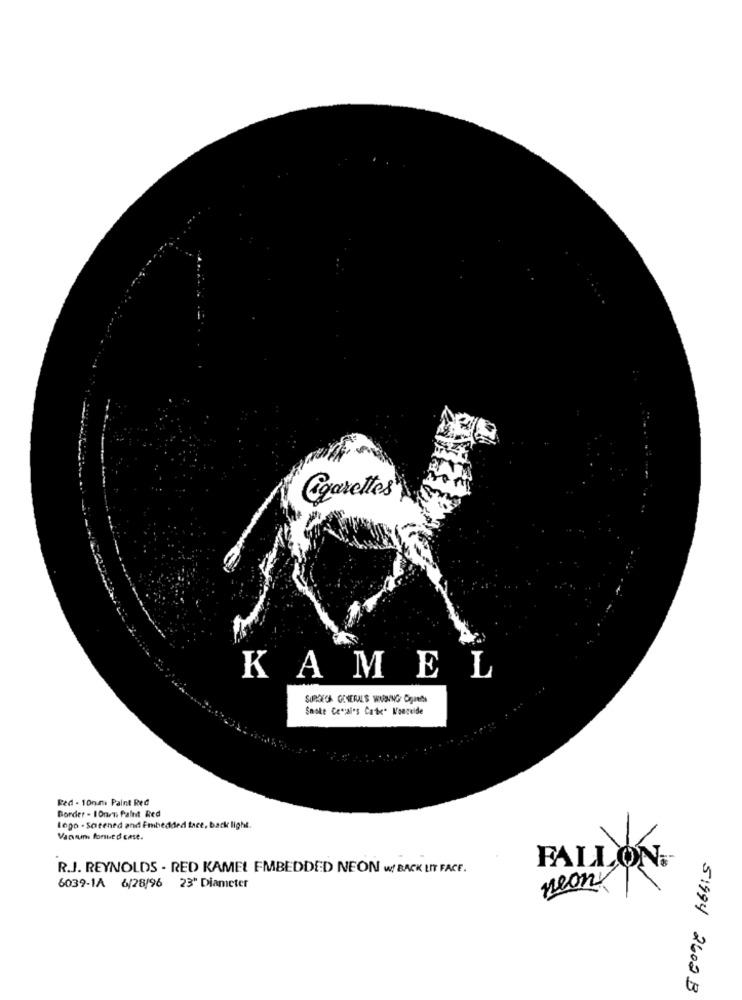
Ogarettes
KAMEL
Snoke Cevai's Cate" Vongelde
Red - 10nm. Paint Red
Border - Ionen Paint Red
logo - Screened and Embedded tace, back light.
Vansun forut d case.
FALLON .-
R.J. REYNOLDS - RED KAMEL EMBEDDED NEON W! BACK LIT FACE.
reany
6039-1A 6/28/96 23" Diameter
51994 2602 B